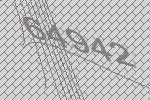
64942